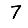
Digit: 7